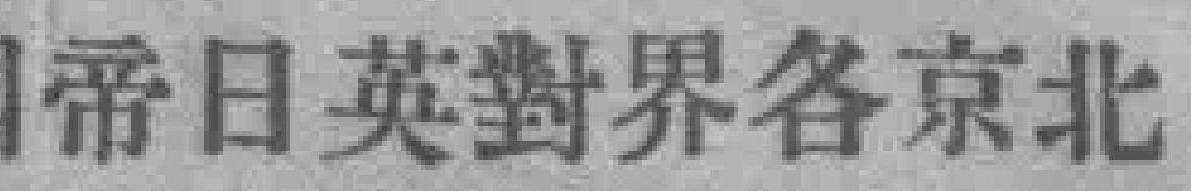
帝日英對界各京北